Annual returns of the Patna Lunatic Asylum at Bankipore in Bihar and Orissa - 1912-1924
Year: 1912
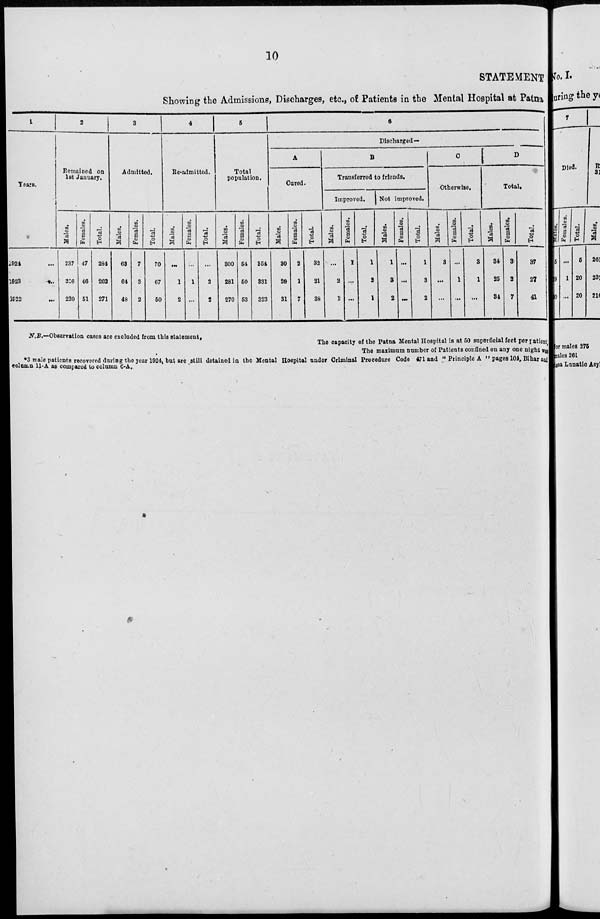
10
STATEMENT
Showing the Admissions, Discharges, etc., of Patients in the Mental Hospital at Patna
1
Years.
1924 ...
1923
...
1922 ...
2
Remained on
1st January.
Males.
237
216
220
Females.
47
46
51
Total.
284
262
271
3
Admitted.
Males.
63
64
48
Females.
7
3
2
Total.
70
67
50
4
Re-admitted.
Males.
...
1
2
Females.
...
1
...
Total.
...
2
2
5
Total
Population.
Males.
300
281
270
Females.
54
50
53
Total.
364
331
323
6
Discharged—
A
Cured.
Males.
30
20
31
Females.
2
1
7
Total.
32
21
38
B
Transferred to friends.
Improved.
Males.
...
2
1
Females.
1
...
...
Total.
1
2
1
Not improved.
Males.
1
3
2
Females.
...
...
...
Total.
1
3
2
C
Otherwise.
Males.
3
...
...
Females.
...
1
...
Total,
3
1
...
D
Total.
Males.
34
25
34
Females.
3
2
7
Total.
37
27
41
N.B.—Observation cases are excluded from this statement.
The capacity of the Patna Mental Hospital is at 50 superficial feet per patient
The maximum number of Patients confined on any one night was
*3male patients recovered during the year l924,but are still detained in the Mental Hospital under Criminal Procedure Code 471 and " Principle A " pages 104, Bihar and
column 11-A as compared to column 6-A.